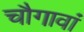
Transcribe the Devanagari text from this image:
चौगावां